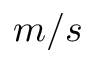
m / s